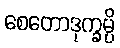
စေတောဒုက္ခမ္ပိ